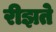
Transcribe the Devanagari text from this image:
रीझते